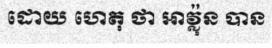
ដោយ ហេតុ ថា អាវ្ល៉ុន បាន